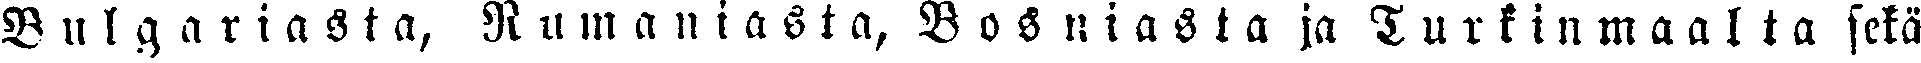
Bulgariasta, Rumaniasta, Bosniasta ja Turkinmaalta sekä